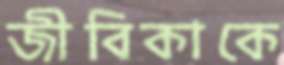
জীবিকাকে